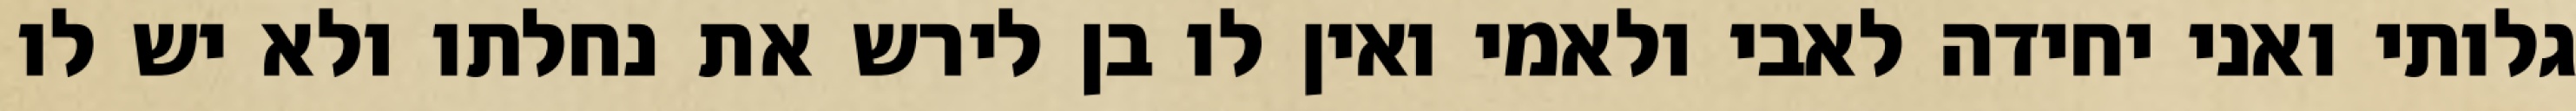
גלותי ואני יחידה לאבי ולאמי ואין לו בן לירש את נחלתו ולא יש לו